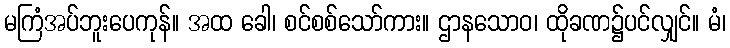
မကြံအပ်ဘူးပေကုန်။ အထ ခေါ၊ စင်စစ်သော်ကား။ ဌာနသောဝ၊ ထိုခဏ၌ပင်လျှင်။ မံ၊